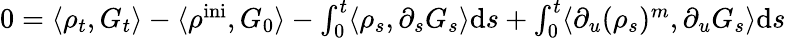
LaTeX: \begin{array}{r}{0=\langle\rho_{t},G_{t}\rangle-\langle\rho^{\mathrm{ini}},G_{0}\rangle-\int_{0}^{t}\langle\rho_{s},\partial_{s}G_{s}\rangle\mathrm{d}s+\int_{0}^{t}\langle\partial_{u}(\rho_{s})^{m},\partial_{u}G_{s}\rangle\mathrm{d}s}\end{array}